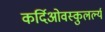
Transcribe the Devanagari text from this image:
कर्दिओवस्कुलर्ल्य